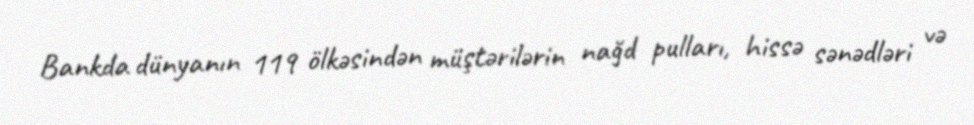
Bankda dünyanın 119 ölkəsindən müştərilərin nağd pulları, hissə sənədləri və